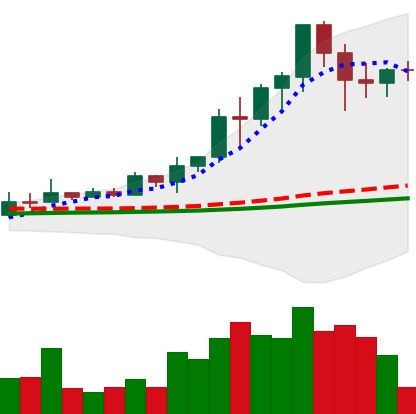
Ticker: EOS-USD
Chart end date: 2021-02-18
Forward return: -20.73%
Label: down_7plus